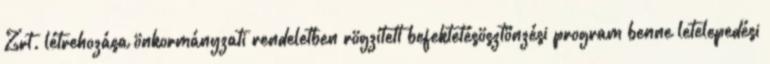
Zrt. létrehozása önkormányzati rendeletben rögzített befektetésösztönzési program benne letelepedési